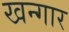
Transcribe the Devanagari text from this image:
खन्गार